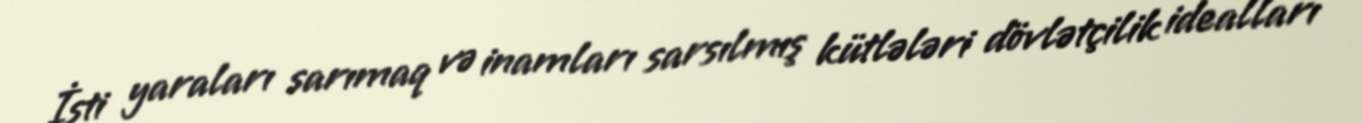
İsti yaraları sarımaq və inamları sarsılmış kütlələri dövlətçilik idealları